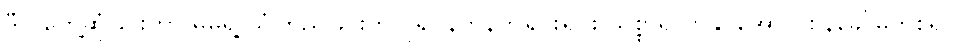
ဒီလိုတွေ့ဆုံခြင်းဟာ မိမိရဲ့ ယုံကြည်ခြင်းကို ပို၍ နက်နက်ရှိုင်းရှိုင်း သစ္စာရှိလာနိုင်အောင် စိန်ခေါ်မှုတစ်ရပ်